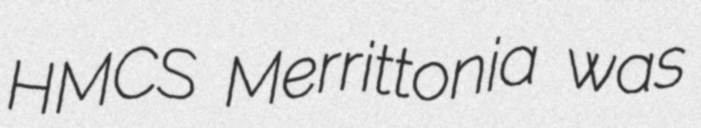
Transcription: HMCS Merrittonia was